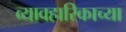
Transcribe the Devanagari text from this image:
व्यावहारिकाच्या